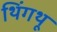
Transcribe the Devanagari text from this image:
थिंगथू